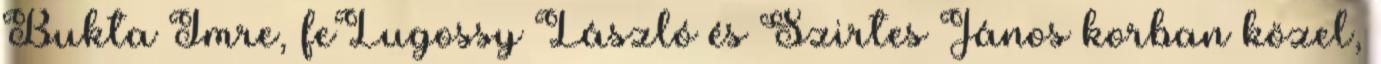
Bukta Imre, feLugossy László és Szirtes János korban közel,